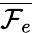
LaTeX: \overline{{\mathcal{F}_{e}}}